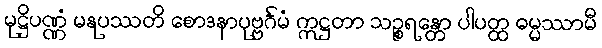
မုဋ္ဌိပဏ္ဏံ မနုပဿတိ စောဒနာပုဗ္ဗင်္ဂမံ ဣဋ္ဌတာ သဉ္စရန္တော ပါပတ္ထ ဓမ္မဿာမီ